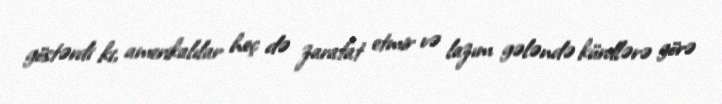
göstərdi ki, amerikalılar heç də zarafat etmir və lazım gələndə kürdlərə görə